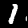
Label: 1